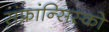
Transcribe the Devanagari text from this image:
संफ्रांन्सिस्को